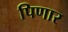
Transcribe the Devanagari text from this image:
पिणार